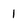
Character: 1